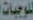
للوجبات